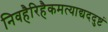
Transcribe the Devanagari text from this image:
निवहैरिहैकमत्याद्यददुष्टं